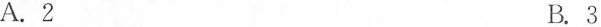
A.2 B.3